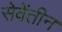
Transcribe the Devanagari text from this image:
सेवेंतीन